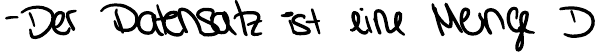
- Der Datensatz ist eine Menge D